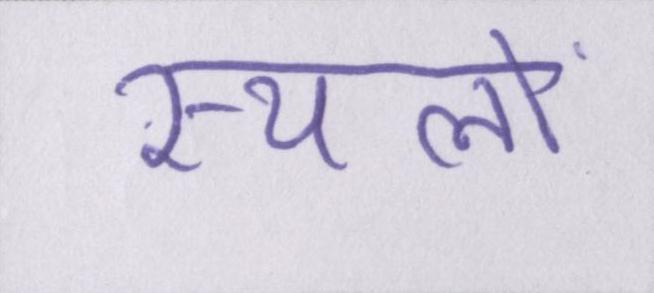
स्थलों